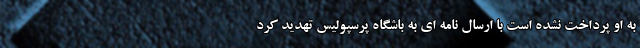
به او پرداخت نشده است با ارسال نامه ای به باشگاه پرسپولیس تهدید کرد